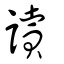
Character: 讀